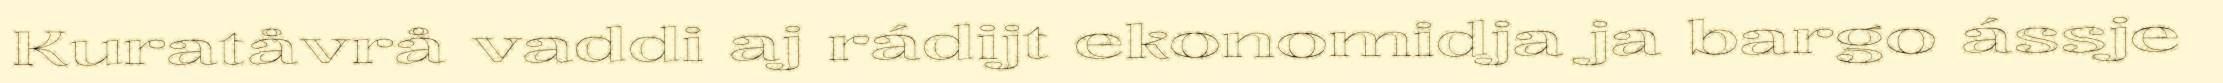
Kuratåvrå vaddi aj rádijt ekonomidja ja bargo ássje